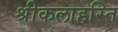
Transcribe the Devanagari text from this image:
श्रीकलाहस्ति